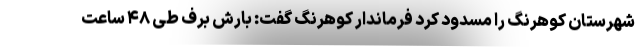
شهرستان کوهرنگ را مسدود کرد فرماندار کوهرنگ گفت: بارش برف طی ۴۸ ساعت